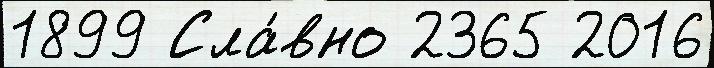
1899 Сла́вно 2365 2016